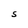
Character: S